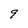
Character: 9